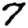
Digit: 7